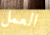
العمل